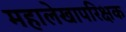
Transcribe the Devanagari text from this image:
महालेखापरिक्षक